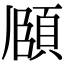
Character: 𮨈